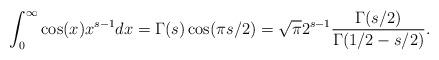
LaTeX: \begin{align*}\int_0^{\infty}\cos(x)x^{s-1}dx=\Gamma(s)\cos(\pi s/2)=\sqrt{\pi}2^{s-1}\frac{\Gamma(s/2)}{\Gamma(1/2-s/2)}.\end{align*}